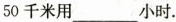
50千米用___小时.